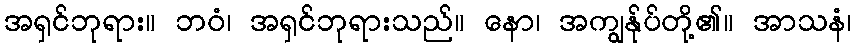
အရှင်ဘုရား။ ဘဝံ၊ အရှင်ဘုရားသည်။ နော၊ အကျွန်ုပ်တို့၏။ အာသနံ၊